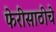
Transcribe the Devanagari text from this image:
फेरीसाठीचे